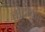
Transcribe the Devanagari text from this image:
बोटोक्स